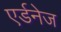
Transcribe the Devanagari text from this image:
एर्डनेज